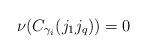
LaTeX: \begin{align*}\nu(C_{\gamma_i}(j_1\do j_q))=0\end{align*}